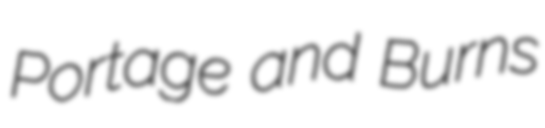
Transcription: Portage and Burns